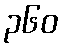
၃၆၀